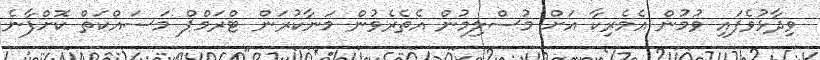
ވިދާޅުވެފައި ވުމުން އެމެރިކާ އަށް މުސްލިމުން އެތެރެވުން މަނާކުރަން ޓްރަމްޕް މަސައްކަތް ކޮށްފާނެ